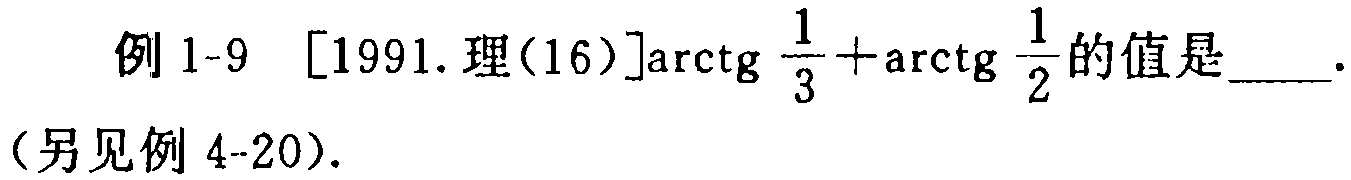
例 1-9 [1991. 理(16)]$\arctg\frac{1}{3}+\arctg\frac{1}{2}$的值是____.

（另见例 4-20）.